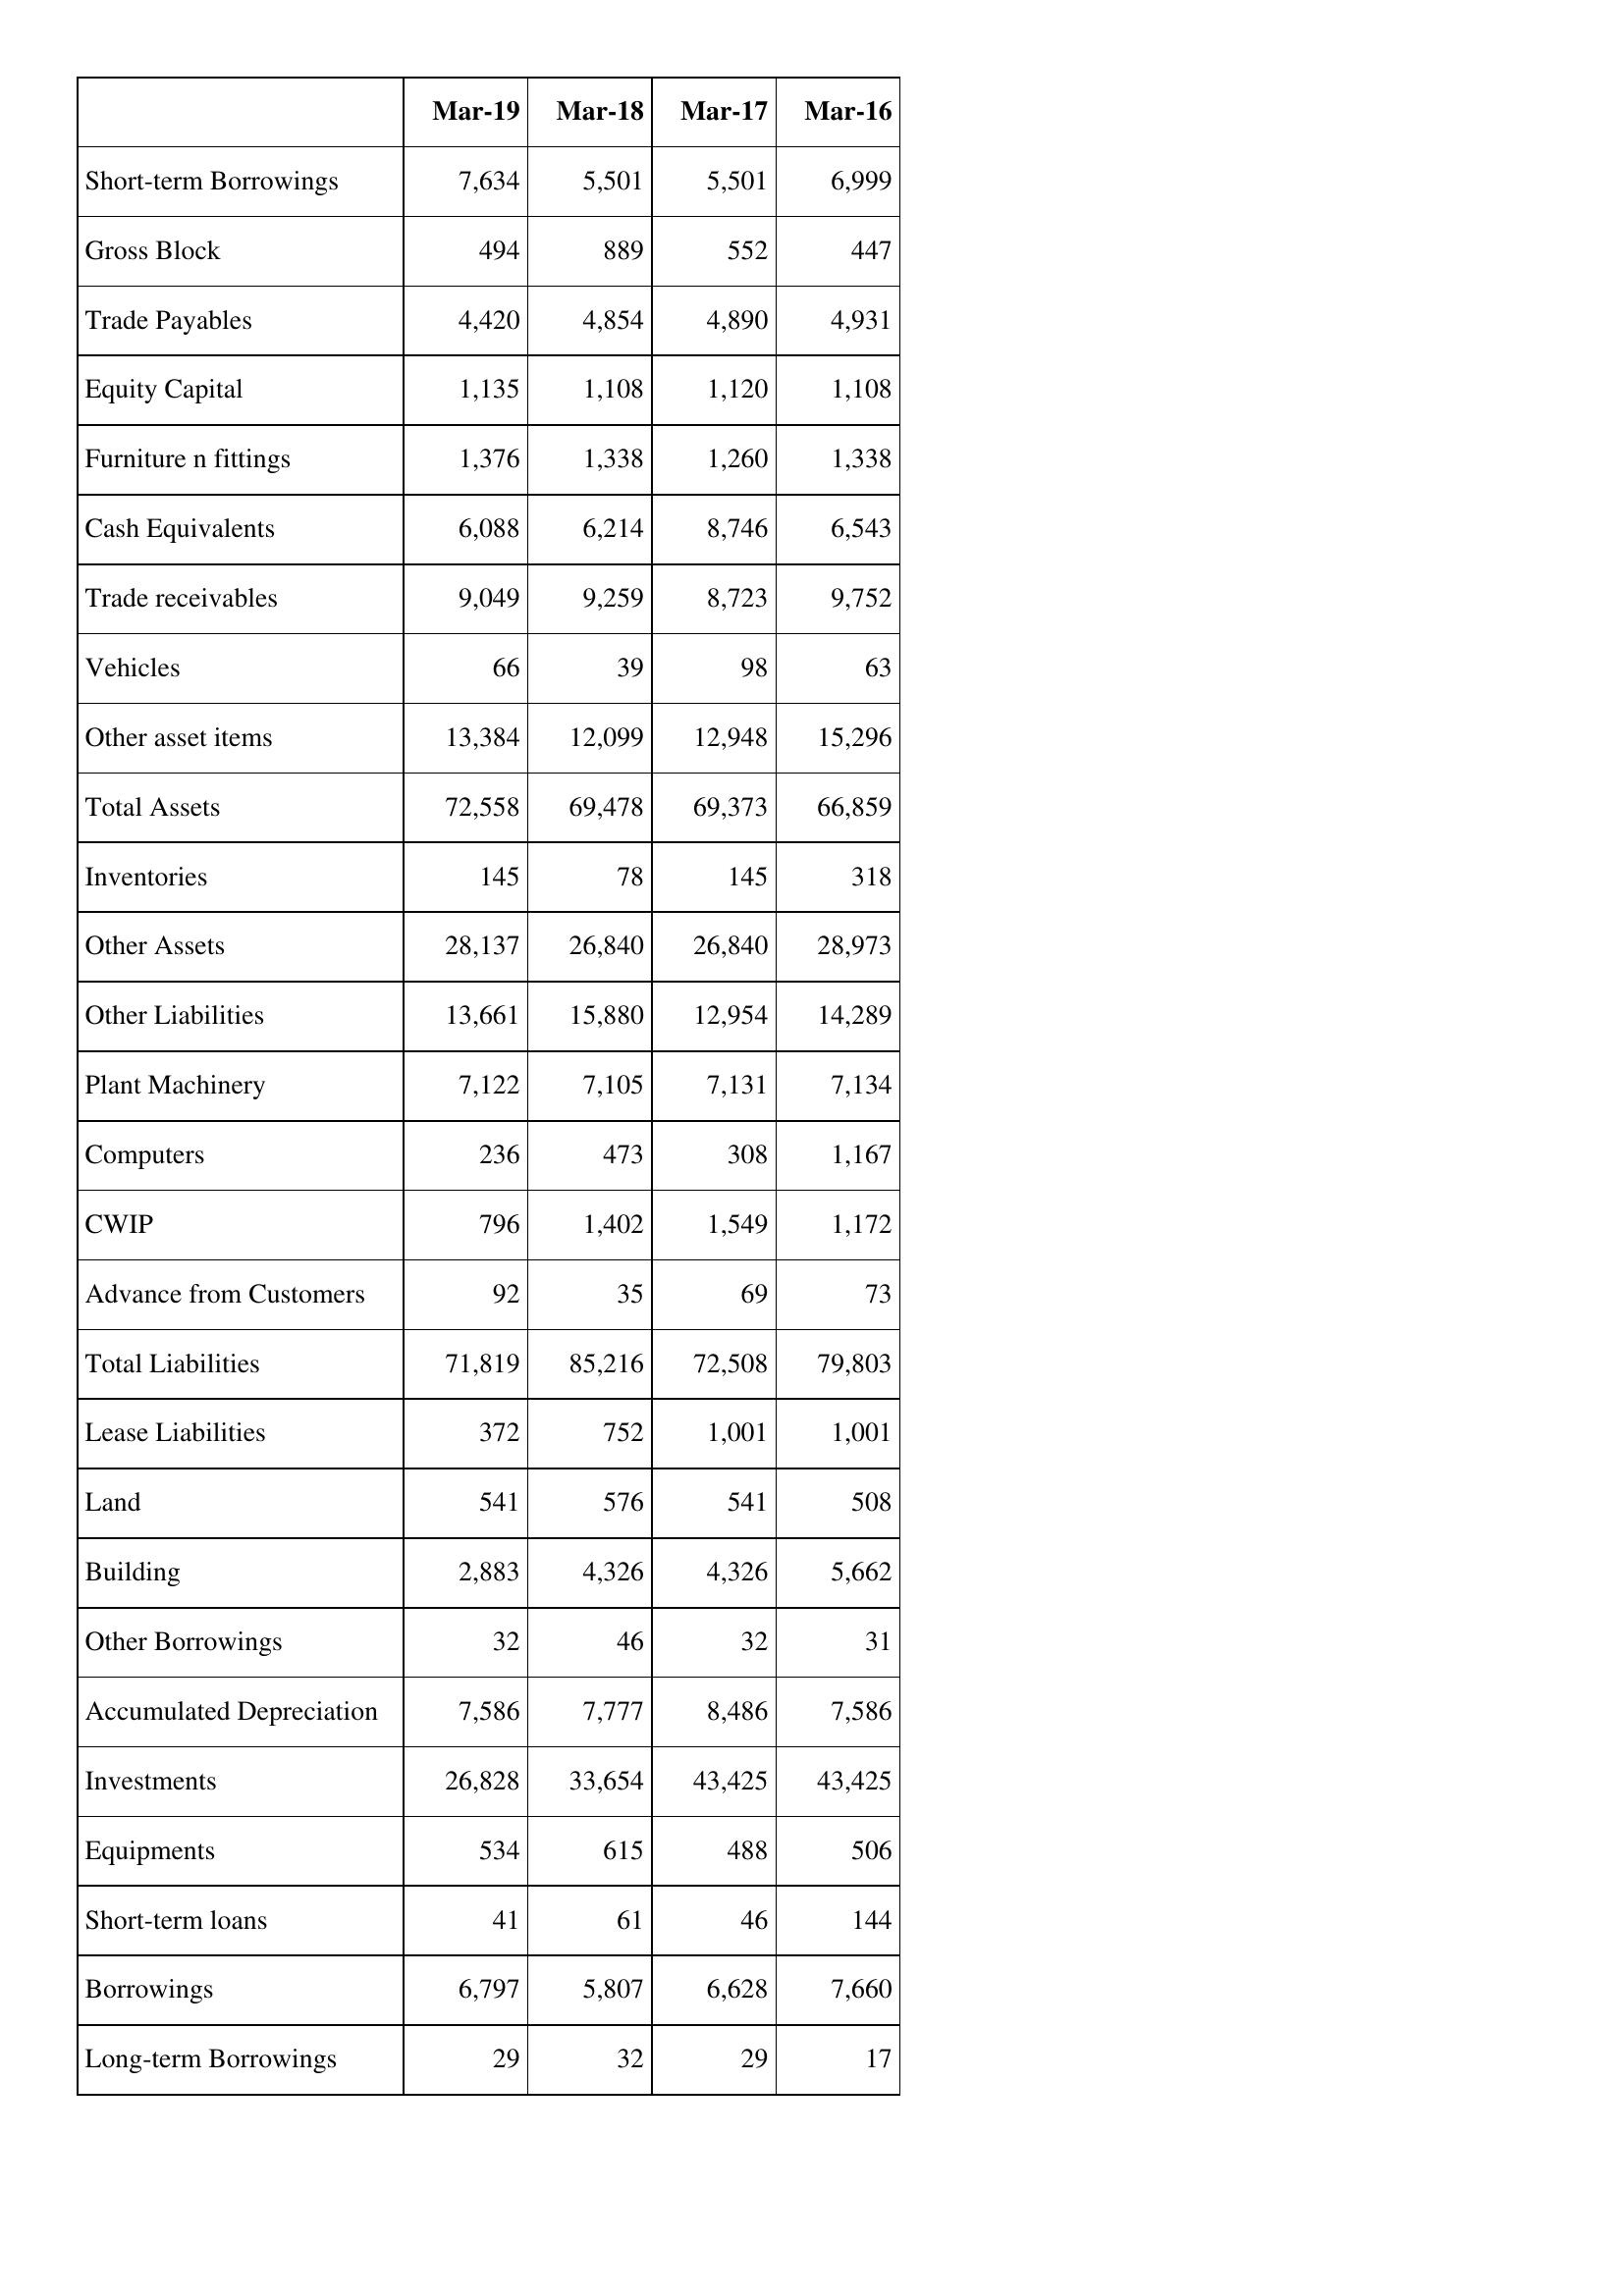
Mar-19: Balance Sheet: Short-term Borrowings: 7,634
Gross Block: 494
Trade Payables: 4,420
Equity Capital: 1,135
Furniture n fittings: 1,376
Cash Equivalents: 6,088
Trade receivables: 9,049
Vehicles: 66
Other asset items: 13,384
Total Assets: 72,558
Inventories: 145
Other Assets: 28,137
Other Liabilities: 13,661
Plant Machinery: 7,122
Computers: 236
CWIP: 796
Advance from Customers: 92
Total Liabilities: 71,819
Lease Liabilities: 372
Land: 541
Building: 2,883
Other Borrowings: 32
Accumulated Depreciation: 7,586
Investments: 26,828
Equipments: 534
Short-term loans: 41
Borrowings: 6,797
Long-term Borrowings: 29
Mar-18: Balance Sheet: Short-term Borrowings: 5,501
Gross Block: 889
Trade Payables: 4,854
Equity Capital: 1,108
Furniture n fittings: 1,338
Cash Equivalents: 6,214
Trade receivables: 9,259
Vehicles: 39
Other asset items: 12,099
Total Assets: 69,478
Inventories: 78
Other Assets: 26,840
Other Liabilities: 15,880
Plant Machinery: 7,105
Computers: 473
CWIP: 1,402
Advance from Customers: 35
Total Liabilities: 85,216
Lease Liabilities: 752
Land: 576
Building: 4,326
Other Borrowings: 46
Accumulated Depreciation: 7,777
Investments: 33,654
Equipments: 615
Short-term loans: 61
Borrowings: 5,807
Long-term Borrowings: 32
Mar-17: Balance Sheet: Short-term Borrowings: 5,501
Gross Block: 552
Trade Payables: 4,890
Equity Capital: 1,120
Furniture n fittings: 1,260
Cash Equivalents: 8,746
Trade receivables: 8,723
Vehicles: 98
Other asset items: 12,948
Total Assets: 69,373
Inventories: 145
Other Assets: 26,840
Other Liabilities: 12,954
Plant Machinery: 7,131
Computers: 308
CWIP: 1,549
Advance from Customers: 69
Total Liabilities: 72,508
Lease Liabilities: 1,001
Land: 541
Building: 4,326
Other Borrowings: 32
Accumulated Depreciation: 8,486
Investments: 43,425
Equipments: 488
Short-term loans: 46
Borrowings: 6,628
Long-term Borrowings: 29
Mar-16: Balance Sheet: Short-term Borrowings: 6,999
Gross Block: 447
Trade Payables: 4,931
Equity Capital: 1,108
Furniture n fittings: 1,338
Cash Equivalents: 6,543
Trade receivables: 9,752
Vehicles: 63
Other asset items: 15,296
Total Assets: 66,859
Inventories: 318
Other Assets: 28,973
Other Liabilities: 14,289
Plant Machinery: 7,134
Computers: 1,167
CWIP: 1,172
Advance from Customers: 73
Total Liabilities: 79,803
Lease Liabilities: 1,001
Land: 508
Building: 5,662
Other Borrowings: 31
Accumulated Depreciation: 7,586
Investments: 43,425
Equipments: 506
Short-term loans: 144
Borrowings: 7,660
Long-term Borrowings: 17